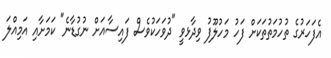
އެފަހަރުގެ ތުހުމަތުތަކަށް ފަހު މަހުލޫފު ވިދާޅވީ "ދުވަހަކުވެސް ފައިސާއަށް ނުގުޑާނެ" ކަމަށާއި އަމިއްލަ